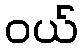
ဝယ်